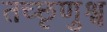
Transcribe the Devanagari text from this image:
तच्छृणुश्व